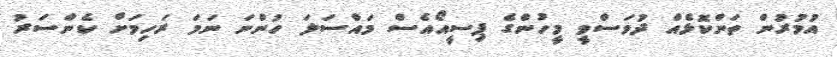
އުމުރުން ތަންކޮޅެއް ދުވަސްވީ މީހުންގެ ޕިސީއޯއެސް މައްސަލަ ހުންނަ ނަމަ ރަހިމަށް ކެންސަރު